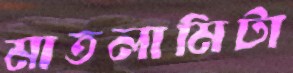
মাতলামিটা